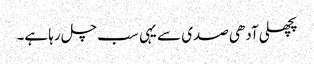
پچھلی آدھی صدی سے یہی سب چل رہا ہے۔